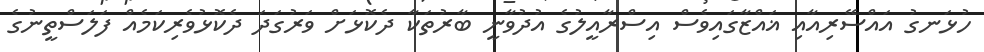
ހުޅަނގު އައްސޭރިއާއި ޣައްޒާގައިވެސް އިސްރާއީލުގެ އުދުވާނީ ބާރުތަކާ ދެކޮޅަށް ވަރުގަދަ ދެކޮޅުވެރިކަމެއް ފަލަސްތީނުގެ